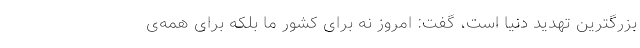
بزرگترین تهدید دنیا است، گفت: امروز نه برای کشور ما بلکه برای همه‌ی